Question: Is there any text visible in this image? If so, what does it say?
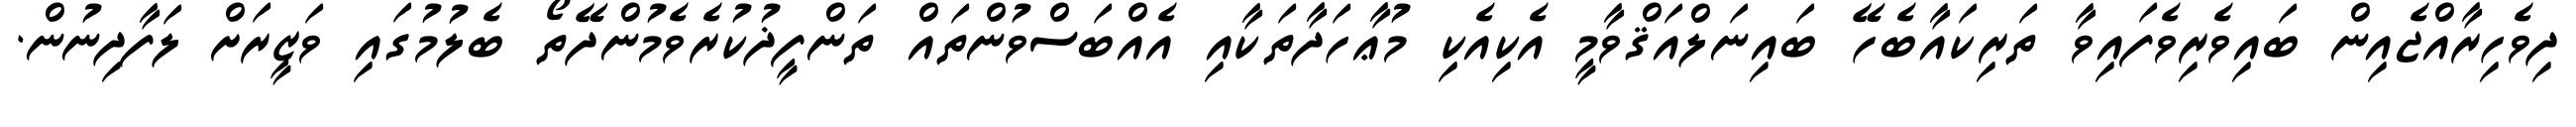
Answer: ދިވެހިރާއްޖެއިން ބައިވެރިވެފައިވާ ތަރިކައާބެހޭ ބައިނަލްއަޤްވާމީ އެކިއެކި މުޢާހަދާތަކާއި އެއްބަސްވުންތައް ތަންފީޛުކުރެވެމުންދޭތޯ ބެލުމުގައި ވަޒީރަށް ލަފާދިނުން.